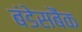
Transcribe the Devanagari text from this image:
बंडेसबैंक